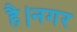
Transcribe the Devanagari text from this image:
है।नगर